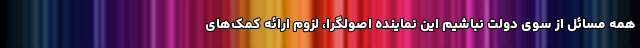
همه مسائل از سوی دولت نباشیم این نماینده اصولگرا، لزوم ارائه کمک‌های